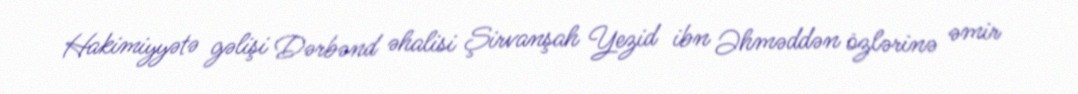
Hakimiyyətə gəlişi Dərbənd əhalisi Şirvanşah Yezid ibn Əhməddən özlərinə əmir